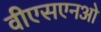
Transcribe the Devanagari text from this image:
वीएसएनओ